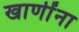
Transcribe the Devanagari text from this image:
खाणींना